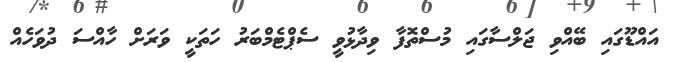
އައްޑޫގައި ބޭއްވި ޖަލްސާގައި މުސްތޮފާ ވިދާޅުވީ ސެޕްޓެމްބަރު ހަތަކީ ވަރަށް ހާއްސަ ދުވަހެއް